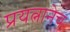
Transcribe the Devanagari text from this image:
प्रयत्नानेच